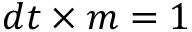
d t \times m = 1